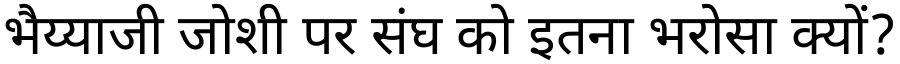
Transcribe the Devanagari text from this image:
भैय्याजी जोशी पर संघ को इतना भरोसा क्यों?